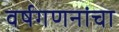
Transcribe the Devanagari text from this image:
वर्षगणनांचा